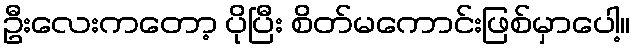
ဦးလေးကတော့ ပိုပြီး စိတ်မကောင်းဖြစ်မှာပေါ့။